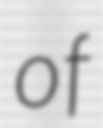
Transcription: of